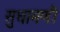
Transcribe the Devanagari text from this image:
सुधामणी